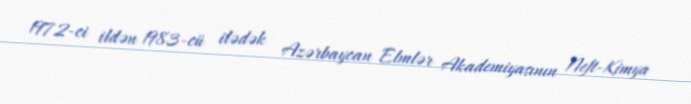
1972-ci ildən 1983-cü ilədək Azərbaycan Elmlər Akademiyasının Neft-Kimya